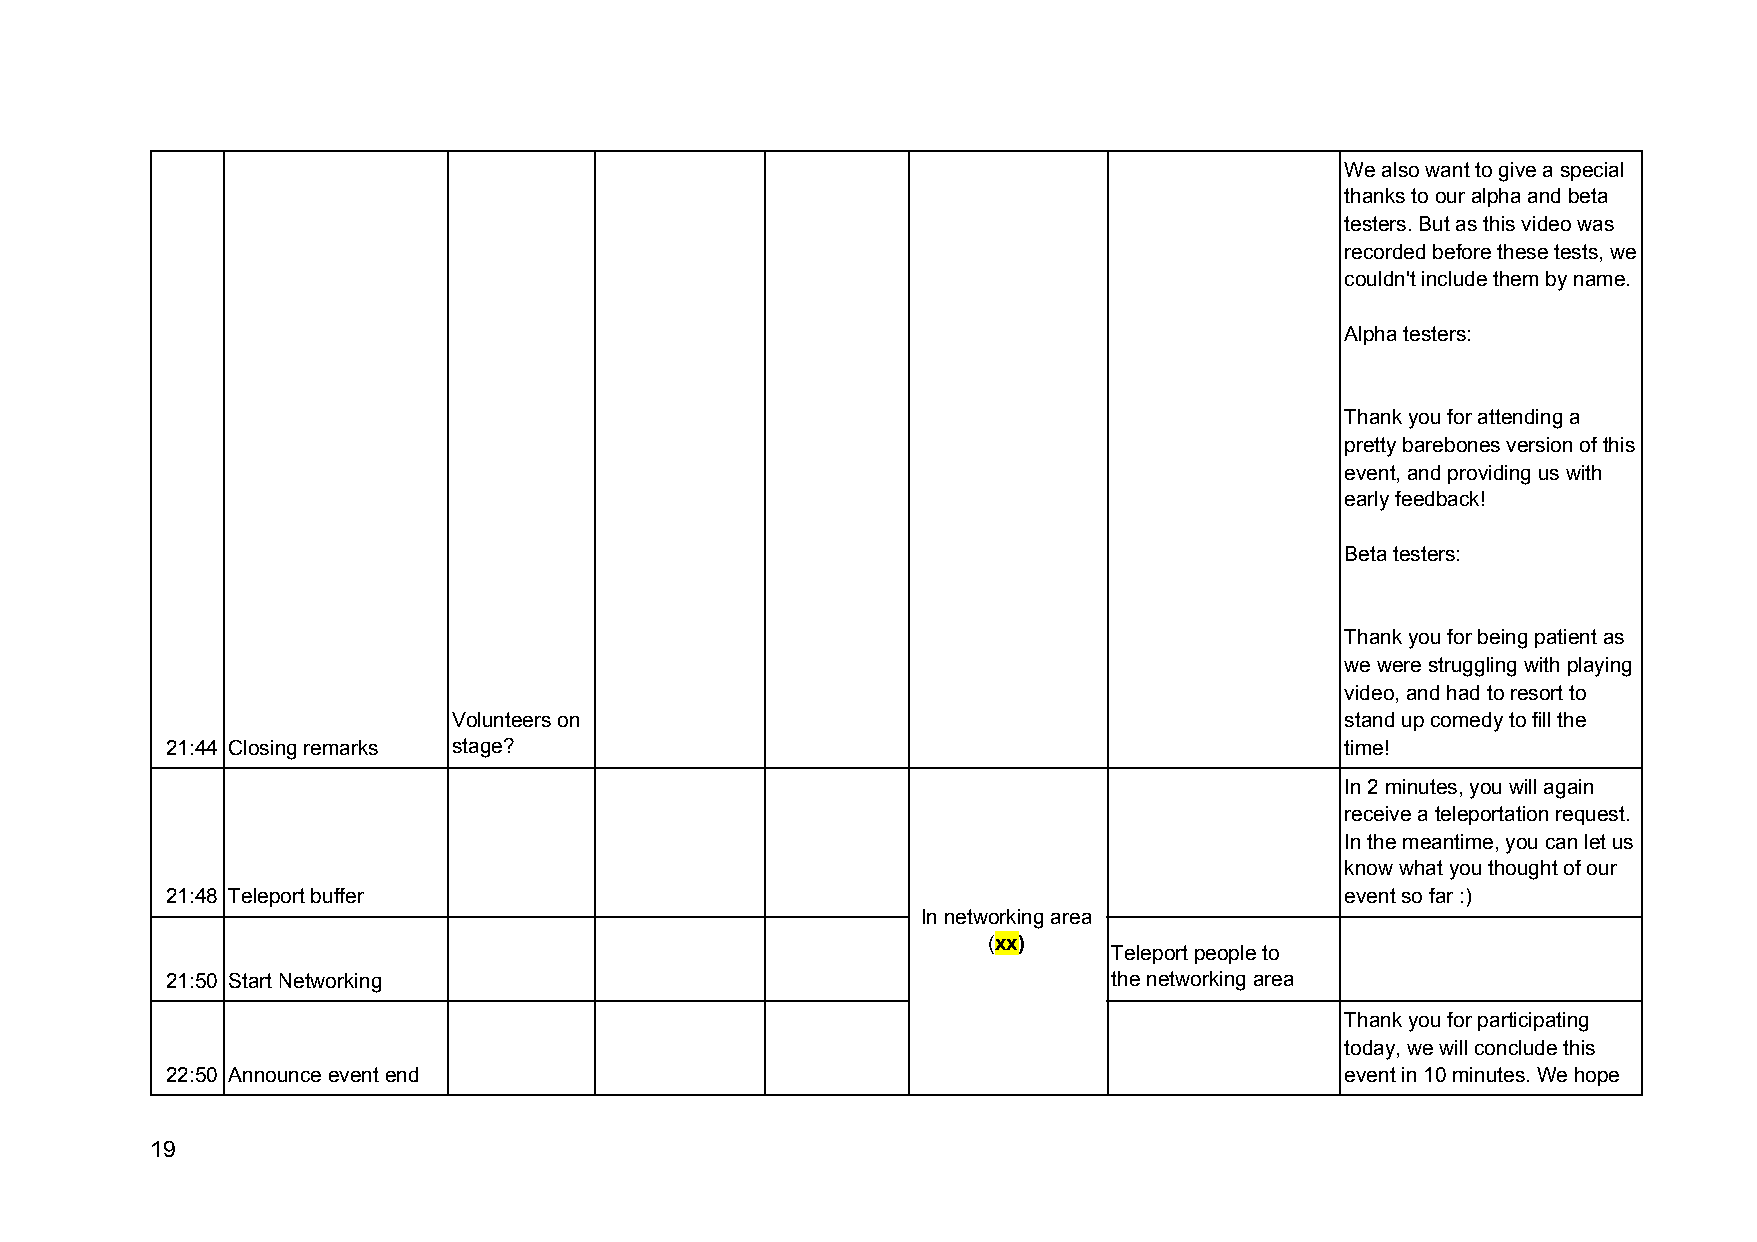
We also want to give a special
 thanks to our alpha and beta
 testers. But as this video was
 recorded before these tests, we
 couldn't include them by name.
 Alpha testers:
 Thank you for attending a
 pretty barebones version of this
 event, and providing us with
 early feedback!
 Beta testers:
 Thank you for being patient as
 we were struggling with playing
 video, and had to resort to
 Volunteers on                                              stand up comedy to fill the
 21:44 Closing remarks stage?                                                  time!
 In 2 minutes, you will again
 receive a teleportation request.
 In the meantime, you can let us
 know what you thought of our
 21:48 Teleport buffer                                                         event so far :)
 In networking area
 (xx)
 ​ ​     Teleport people to
 21:50 Start Networking                                         the networking area
 Thank you for participating
 today, we will conclude this
 22:50 Announce event end                                                      event in 10 minutes. We hope
 19